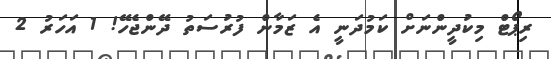
ރިޕޯޓް މިކުދީންނަށް ކަމުދަނީ އެ ޒަމާން ފުރުސަތު ދޭންޖެހޭ! 1 އަހަރު 2